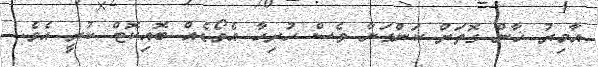
އާމިރު ޚާން ގޮތަށް ކަންގަނާ ވެސް ހުރިހާ އެވޯޑެއް ބޮއިކޮޓް ކުރީ އެވެ.